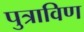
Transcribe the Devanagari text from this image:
पुत्राविण